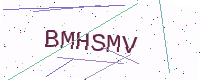
Text: BMHSMV